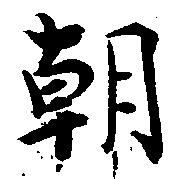
朝